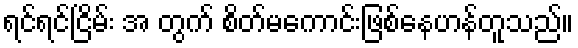
ရင်ရင်ငြိမ်း အ တွက် စိတ်မကောင်းဖြစ်နေဟန်တူသည်။